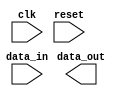
module Ethernet_bus_controller (
    input wire clk,
    input wire reset,
    input wire data_in,
    output wire data_out
);

// Timing control block

reg [7:0] counter;
reg transmit_enable;

always @(posedge clk or posedge reset) begin
    if (reset) begin
        counter <= 8'b00000000;
        transmit_enable <= 1'b0;
    end else begin
        if (transmit_enable) begin
            if (counter == 8'b11111111) begin
                counter <= 8'b00000000;
                transmit_enable <= 1'b0;
            end else begin
                counter <= counter + 1;
            end
        end
    end
end

// Synchronization block

reg [7:0] data_buffer;
wire data_synced;

always @(posedge clk or posedge reset) begin
    if (reset) begin
        data_buffer <= 8'b00000000;
    end else begin
        if (data_in == data_buffer) begin
            data_synced <= 1'b1;
        end else begin
            data_synced <= 1'b0;
        end
        data_buffer <= data_in;
    end
end

// Error detection and correction block

// Add error detection and correction logic here

endmodule